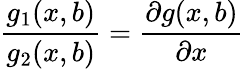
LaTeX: \frac{g_{1}(x,b)}{g_{2}(x,b)}=\frac{\partial g(x,b)}{\partial x}